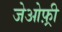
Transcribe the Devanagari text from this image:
जेओफ़्री